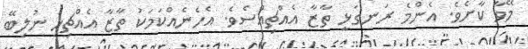
މޭވާ ކާށެވެ. އެންމެ ރަނގަޅީ ތާޒާ އެއްޗިއްސެވެ. އެހެނެއްކަމަކު ތާޒާ އެއްޗިހި ނުލިބޭ